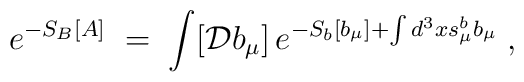
e^{-S_B[A]} \;=\; \int [ {\mathcal D}b_\mu ]\, e^{- S_b[b_\mu] + \int    d^3x  s^{b}_\mu b_\mu} \;,